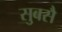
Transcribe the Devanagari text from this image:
सुबसै